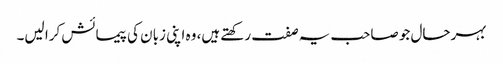
بہرحال جو صاحب یہ صفت رکھتے ہیں، وہ اپنی زبان کی پیمائش کرا لیں۔